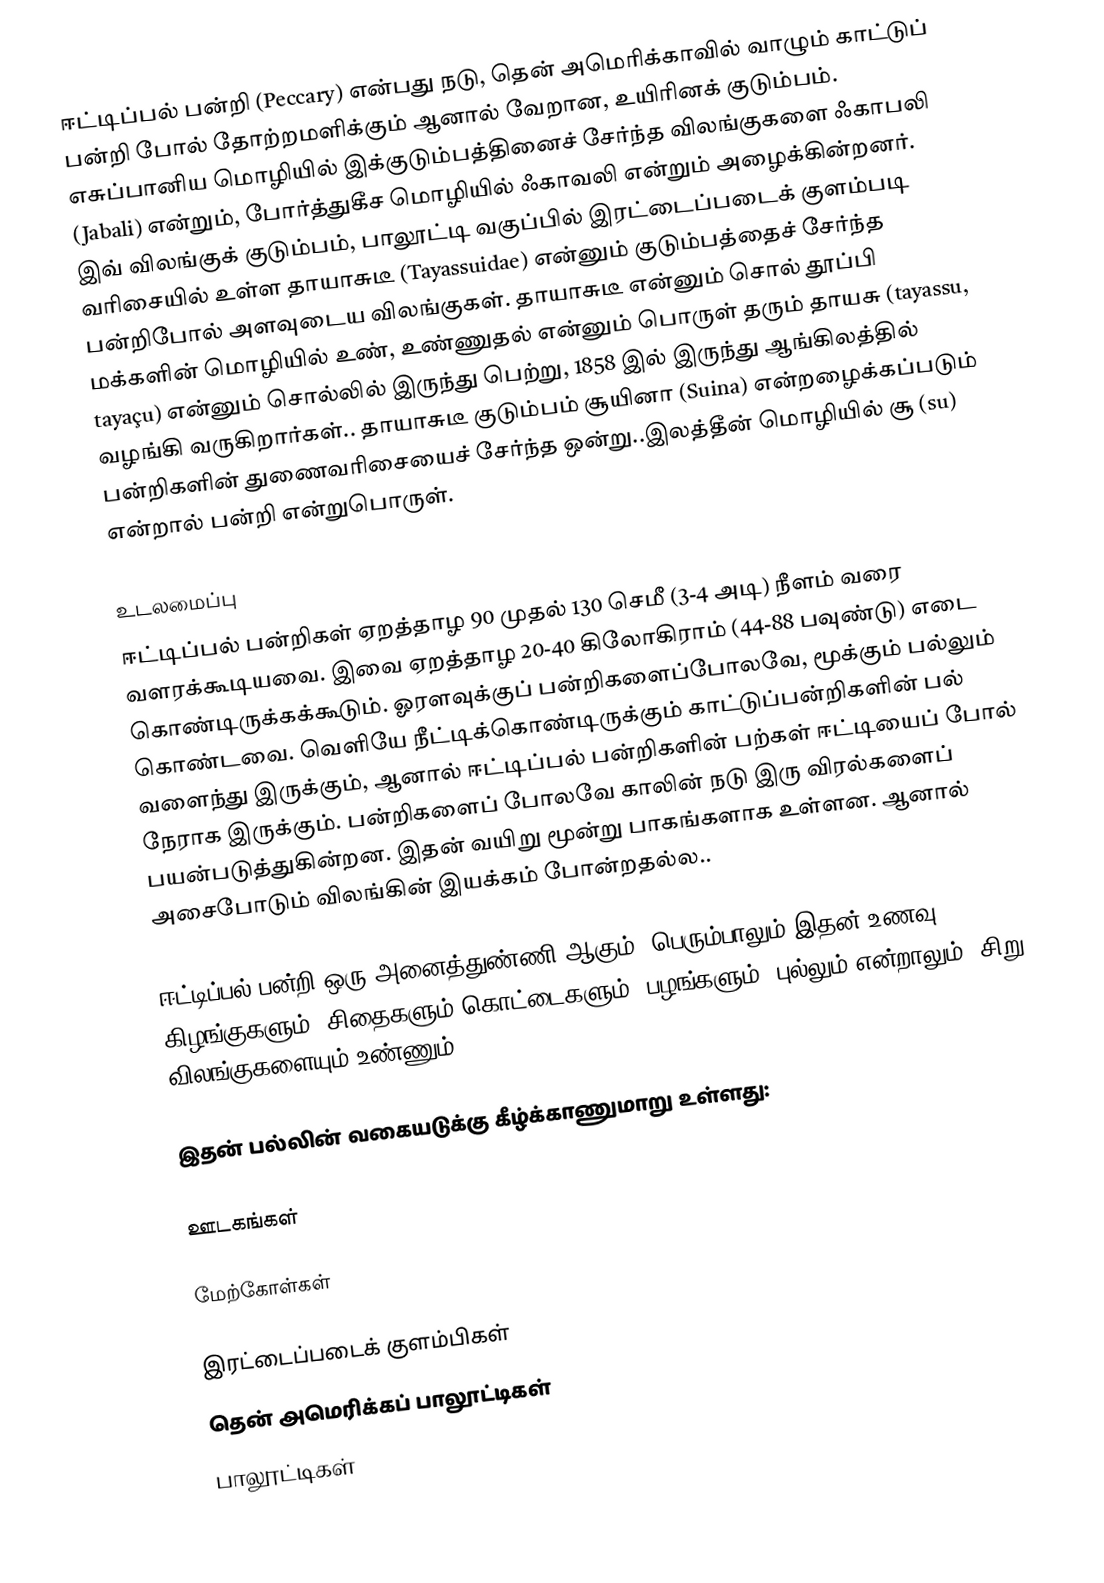
ஈட்டிப்பல் பன்றி (Peccary) என்பது நடு, தென் அமெரிக்காவில் வாழும் காட்டுப் பன்றி போல் தோற்றமளிக்கும் ஆனால் வேறான, உயிரினக் குடும்பம். எசுப்பானிய மொழியில் இக்குடும்பத்தினைச் சேர்ந்த விலங்குகளை ஃகாபலி (Jabali) என்றும், போர்த்துகீச மொழியில் ஃகாவலி என்றும் அழைக்கின்றனர். இவ் விலங்குக் குடும்பம், பாலூட்டி வகுப்பில் இரட்டைப்படைக் குளம்படி வரிசையில் உள்ள தாயாசுடீ (Tayassuidae) என்னும் குடும்பத்தைச் சேர்ந்த பன்றிபோல் அளவுடைய விலங்குகள். தாயாசுடீ என்னும் சொல் தூப்பி மக்களின் மொழியில் உண், உண்ணுதல் என்னும் பொருள் தரும் தாயசு (tayassu, tayaçu) என்னும் சொல்லில் இருந்து பெற்று, 1858 இல் இருந்து ஆங்கிலத்தில் வழங்கி வருகிறார்கள்.. தாயாசுடீ குடும்பம் சூயினா (Suina) என்றழைக்கப்படும் பன்றிகளின் துணைவரிசையைச் சேர்ந்த ஒன்று..இலத்தீன் மொழியில் சூ (su) என்றால் பன்றி என்றுபொருள்.

உடலமைப்பு
ஈட்டிப்பல் பன்றிகள் ஏறத்தாழ 90 முதல் 130 செமீ (3-4 அடி) நீளம் வரை வளரக்கூடியவை. இவை ஏறத்தாழ 20-40 கிலோகிராம் (44-88 பவுண்டு) எடை கொண்டிருக்கக்கூடும். ஓரளவுக்குப் பன்றிகளைப்போலவே, மூக்கும் பல்லும் கொண்டவை. வெளியே நீட்டிக்கொண்டிருக்கும் காட்டுப்பன்றிகளின் பல் வளைந்து இருக்கும், ஆனால் ஈட்டிப்பல் பன்றிகளின் பற்கள் ஈட்டியைப் போல் நேராக இருக்கும். பன்றிகளைப் போலவே காலின் நடு இரு விரல்களைப் பயன்படுத்துகின்றன. இதன் வயிறு மூன்று பாகங்களாக உள்ளன. ஆனால் அசைபோடும் விலங்கின் இயக்கம் போன்றதல்ல..

ஈட்டிப்பல் பன்றி ஒரு அனைத்துண்ணி ஆகும். பெரும்பாலும் இதன் உணவு கிழங்குகளும், சிதைகளும் கொட்டைகளும், பழங்களும், புல்லும் என்றாலும், சிறு விலங்குகளையும் உண்ணும்.

இதன் பல்லின் வகையடுக்கு கீழ்க்காணுமாறு உள்ளது:

ஊடகங்கள்

மேற்கோள்கள்

இரட்டைப்படைக் குளம்பிகள்
தென் அமெரிக்கப் பாலூட்டிகள்
பாலூட்டிகள்